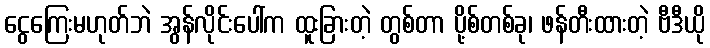
ငွေကြေးမဟုတ်ဘဲ အွန်လိုင်းပေါ်က ထူးခြားတဲ့ တွစ်တာ ပို့စ်တစ်ခု၊ ဖန်တီးထားတဲ့ ဗီဒီယို